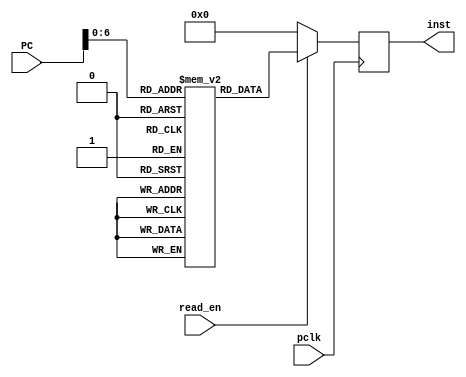
`timescale 1ns / 1ps
//////////////////////////////////////////////////////////////////////////////////
// Company: 
// Engineer: 
// 
// Design Name: 
// Module Name: memblock
// Project Name: 
// Target Devices: 
// Tool Versions: 
// Description: 
// 
// Dependencies: 
// 
// Revision:
// Revision 0.01 - File Created
// Additional Comments:
// 
//////////////////////////////////////////////////////////////////////////////////


module memblock(input pclk,
                input [7:0] PC,
                input read_en,
                output reg [31:0] inst
    );
    
    reg [31:0] mbank [127:0];
    initial begin
//        $display("Loading MEMORY BANK...");
//        $readmemb("C:/Users/micha/Documents/lab7meminit.txt", mbank,0,127);

//Arithmetic
        //R-Types
                    //func7(7) rs2(5)	rs1(5) func3(3) rd(5)  opcode(7)
        mbank[0] = 32'b00000000001000001000000110110011;   // ADD rd,rs1,rs2
        mbank[1] = 32'b01000000001000001000000110110011;   // SUB rd,rs1,rs2
        
        //I-Type(s)
                    //immediate(12) rs1(5) func(3) rd(5) opcode(7)
        mbank[2] = 32'b00000000000000010000000110010011;	// ADDI rd,rs1,imm
                  
//Logical
        //R-Types	
                    //func7(7) rs2(5)	rs1(5) func3(3) rd(5)  opcode(7)       
        mbank[3] = 32'b00000000001000001111000110110011; 	// AND rd,rs1,rs2
        mbank[4] = 32'b00000000001000001110000110110011;	// OR rd,rs1,rs2
        mbank[5] = 32'b00000000001000001001000110110011;	// SLL rd,rs2,rs2
        mbank[6] = 32'b00000000001000001101000110110011;	// SRL rd,rs1,rs2 
   
        //I-Type(s)
                    //immediate(12) rs1(5) func(3) rd(5) opcode(7)     
        mbank[7] = 32'b00000000000000010111000110010011;	// ANDI rd,rs1,imm
        mbank[8] = 32'b00000000000000010110000110010011;    // ORI rd,rs1,imm        

//Data Transfer
        //I-Type(s)
                    //immediate(12) rs1(5) func(3) rd(5) opcode(7)
        mbank [9] = 32'b00000000000000010010000110000011;		// LW rd,rs1,rs2

    //S-Type(s)
                    //imm(7)	rs2(5) rs1(5) func3(3) imm(5) opcode(7)
        mbank [10] = 32'b00000000001000001010000000100011;		// SW rd,rs1,rs2
                                       
//Conditional Branch
        //SB-Type(s) 
                    //imm(1) imm(6) rs2(5) rs1(5) func3(3) imm(4) imm(1) opcode(7)
        mbank [11] = 32'b00000000001000001000000001100011;	//BNQ rd,rs1,imm
        mbank [12] = 32'b00000000001000001001000001100011;	//BEQ rd,rs1,imm
                    
        //R-Type(s)
                    //func7(7) rs2(5)	rs1(5) func3(3) rd(5)  opcode(7)
        mbank [13] = 32'b00000000001000001010000110110011;		// SLT rd,rs1,rs2

//Unconditional Branch
        //UJ-Type(s) 
                    //imm(1) imm(10)    imm(1) imm(8)   rd(5) opcode(7)
        mbank [14] = 32'b00000000000000000000000111101111;		// JAL rd,imm
        end
    
    always @(posedge pclk)
        begin
            if (read_en == 1)
                begin
                    inst <= mbank[PC];
                end
            else
                begin
                    inst <= 0;
                end
        end  
endmodule